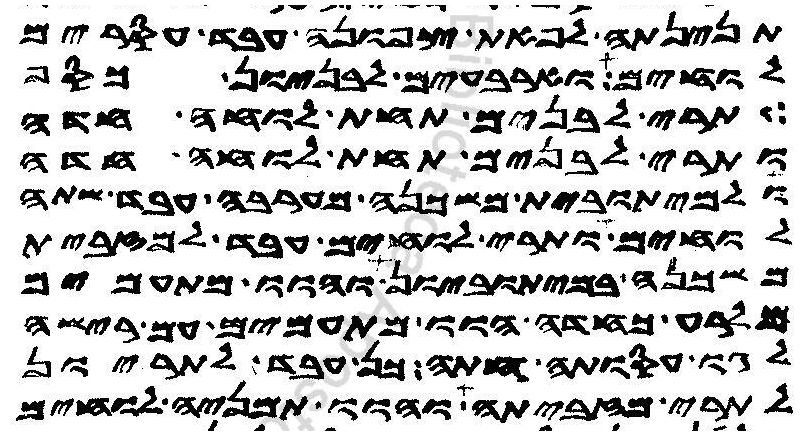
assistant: תנינתה לפאת צפונה עבד עסרים
לוחים וארבעים לבניון כסף
תרי לבנים תחת לוחה חדה
ותרי לבנים תחת לוחה חדה
ולמיתובית משכנה מערבה עבד שתה
לוחים ותרי לוחים עבד למזבית
משכנה במיתוביון והוו מתעמים
מלרע כחדה הוו מתעמים עם רישה
לגו עסוקתה חתה כן עבד לתריון
לתרי מזביתה והוו תמניה לוחים